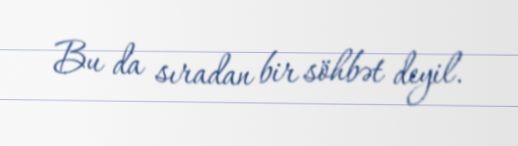
Bu da sıradan bir söhbət deyil.